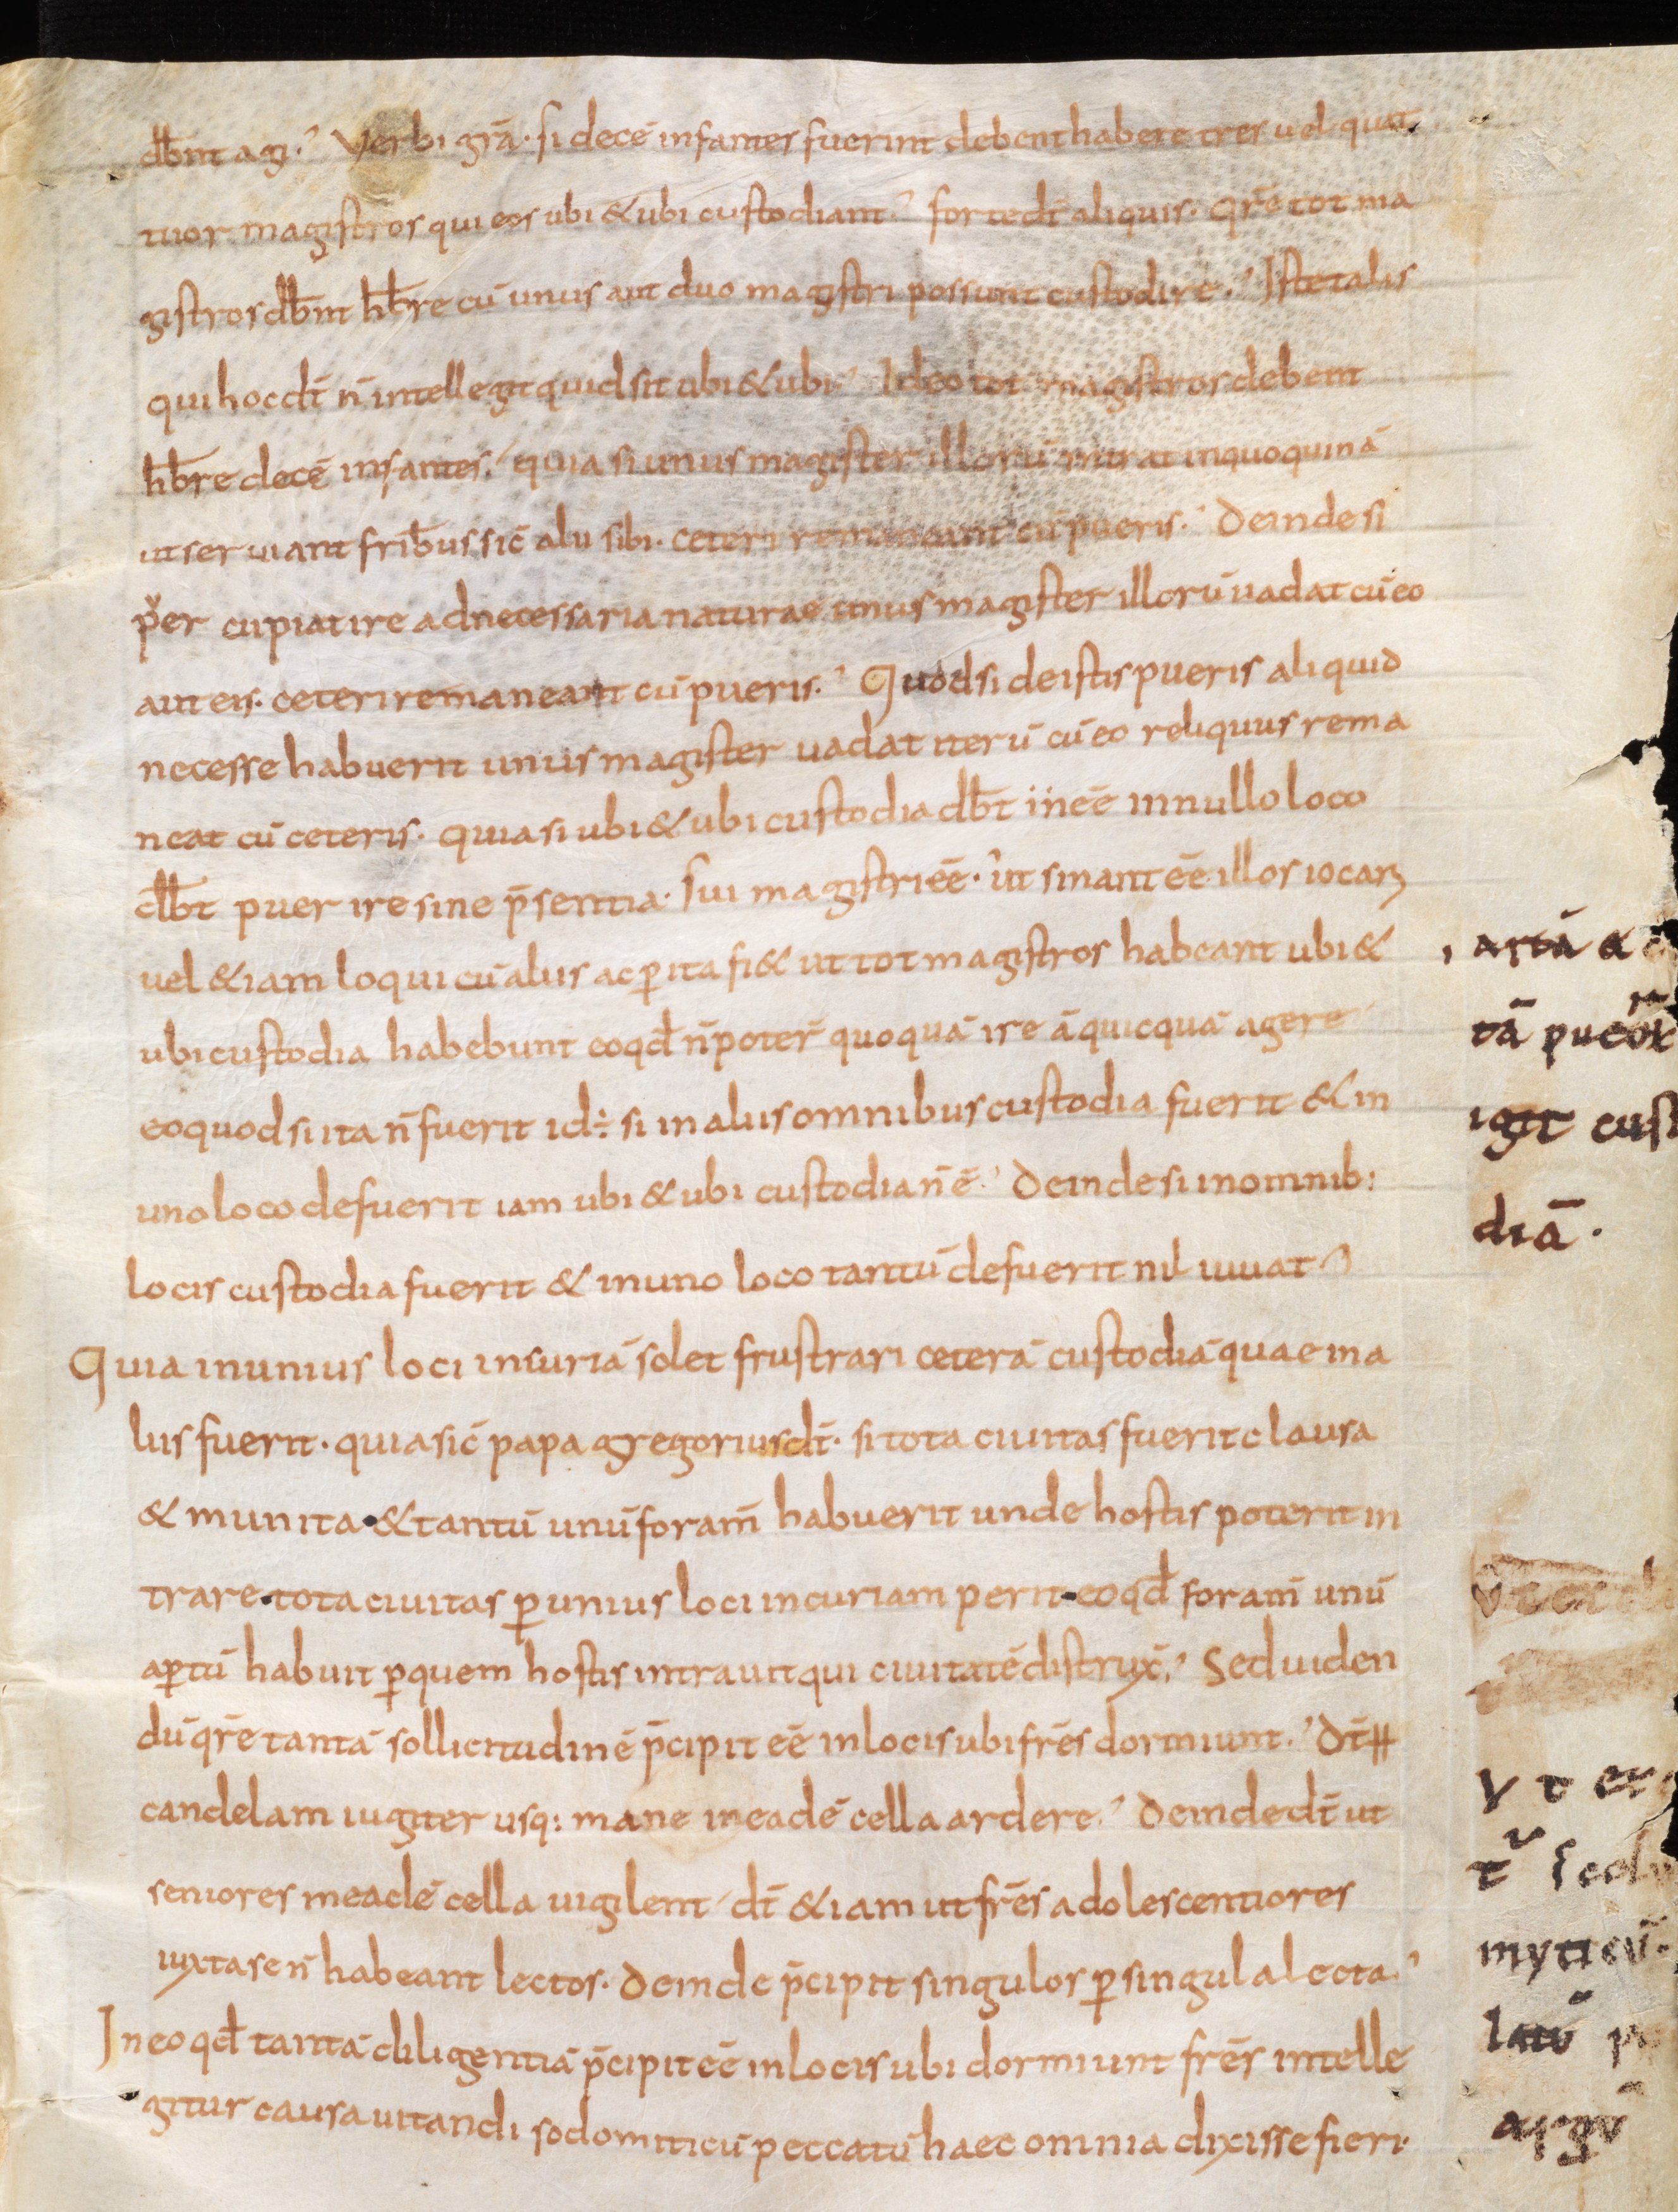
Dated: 800–899